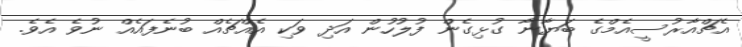
އެޗްއާރުސީއެމްގެ ބަޔާނާ ގުޅިގެން ފުލުހުން އަދި ވަކި އެއްޗެއް ބުނެފައެއް ނުވެ އެވެ.